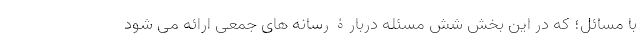
با مسائل؛ که در این بخش شش مسئله دربارۀ رسانه های جمعی ارائه می شود